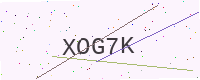
Text: XOG7K